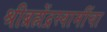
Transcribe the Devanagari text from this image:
श्रीब्रह्मेंद्रस्वामींचा